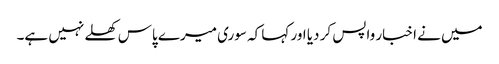
میں نے اخبار واپس کر دیا اور کہا کہ سوری میرے پاس کھلے نہیں ہے۔